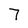
Character: 7